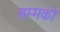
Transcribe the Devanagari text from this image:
सम्मको